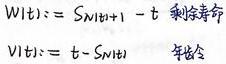
\[
\begin{align*}
W(t)&=S_{N(t)+1}-t \quad \text{剩余寿命}\\
V(t)&=t - S_{N(t)} \quad \text{年龄}
\end{align*}
\]